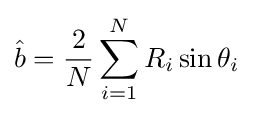
{\hat {b}}={\frac {2}{N}}\sum \limits _{i=1}^{N}R_{i}\sin {\theta _{i}}